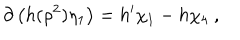
\partial \left( h ( \rho ^ { 2 } ) \eta _ { 1 } \right) = h ^ { \prime } \chi _ { 1 } - h \chi _ { 4 } \ ,